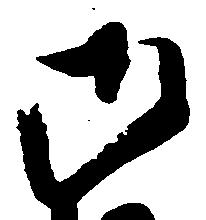
御